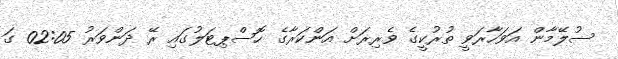
ސުލޭމާން އަވަހާރަވީ ތުރުކީގެ ވެރިރަށް އަންކަރާގެ ހޮސްޕިޓަލުގައި ރޭ ދަންވަރު 02:05 ގަ